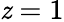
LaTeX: \mathit{z}=1